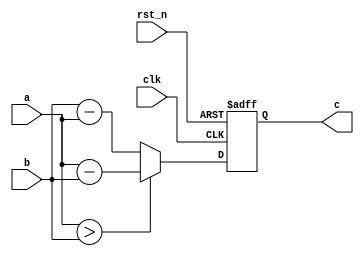
// ======================================================================
// Affiliation:			Tsinghua Univ
// Module Name:			data_minus
// Description:			Calculate the difference between two numbers
// Additional Comments:	VL7 on nowcoder
// ======================================================================

`timescale 1ns/1ns

module data_minus (
	input	wire				clk,
	input	wire				rst_n,
	input	wire	[7: 0]		a,
	input	wire	[7: 0]		b,
	output	wire	[8: 0]		c
);

reg		[8: 0]		c_reg;

assign	c  =  c_reg;

always @(posedge clk or negedge rst_n) begin
	if (~rst_n) begin
		c_reg <= 9'd0;
	end
	else begin
		if (a > b) begin
			c_reg <= a - b;
		end
		else begin
			c_reg <= b - a;
		end
	end
end

endmodule